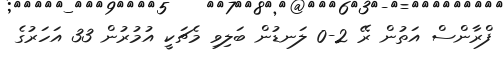
ފްރާންސް އަތުން ރޭ 2-0 ލަނޑުން ބަލިވި މެޗަކީ އުމުރުން 33 އަހަރުގެ